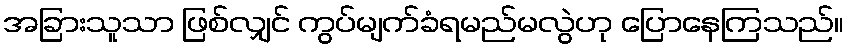
အခြားသူသာ ဖြစ်လျှင် ကွပ်မျက်ခံရမည်မလွဲဟု ပြောနေကြသည်။